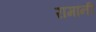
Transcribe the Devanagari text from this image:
रामांनी